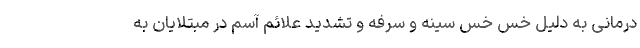
درمانی به دلیل خس خس سینه و سرفه و تشدید علائم آسم در مبتلایان به